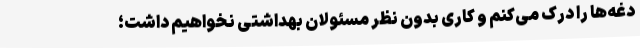
دغه‌ها را درک می‌کنم و کاری بدون نظر مسئولان بهداشتی نخواهیم داشت؛